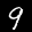
Label: 9